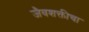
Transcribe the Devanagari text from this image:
जैवशक्तीचा